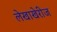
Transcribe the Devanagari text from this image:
लेखाखेरीज